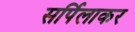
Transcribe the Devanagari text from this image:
सर्पिलाकर